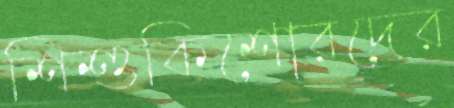
শিশুকিশোরদের